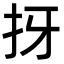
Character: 㧎